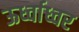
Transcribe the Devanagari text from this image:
ऊर्ध्वाध्वर